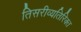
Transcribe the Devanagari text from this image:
तिसरीव्यतिरिक्त